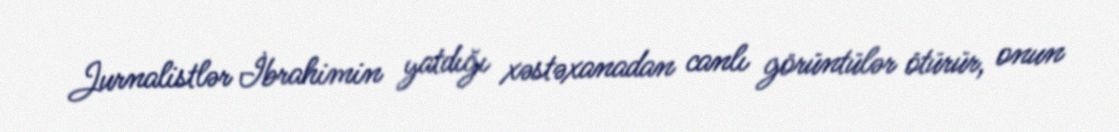
Jurnalistlər İbrahimin yatdığı xəstəxanadan canlı görüntülər ötürür, onun